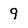
Character: 9